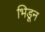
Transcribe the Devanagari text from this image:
भिडून